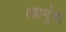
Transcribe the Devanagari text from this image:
।चामुंडा